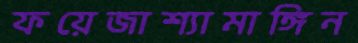
ফয়েজাশ্যামাঙ্গিন